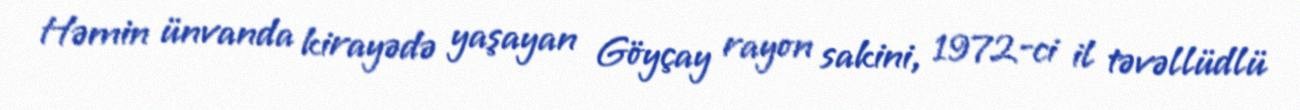
Həmin ünvanda kirayədə yaşayan Göyçay rayon sakini, 1972-ci il təvəllüdlü